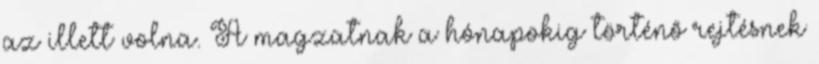
az illett volna. A magzatnak a hónapokig történõ rejtésnek